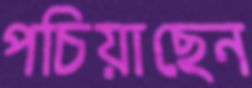
পচিয়াছেন